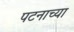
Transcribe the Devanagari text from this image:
पटनाच्या